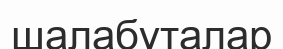
шалабұталар